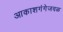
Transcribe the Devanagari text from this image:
आकाशगंगेजवळ